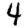
Digit: 4